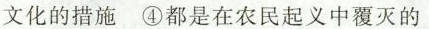
文化的措施④都是在农民起义中覆灭的